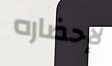
لإحضاره